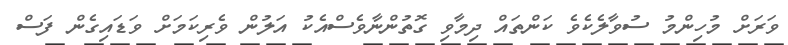
ވަރަށް މުހިންމު ސުވާލެކެވެ ކަންތައް ދިމާވި ގޮތުންނާވެސްއެކު އަލުން ވެރިކަމަށް ވަޑައިގެން ފަސް